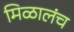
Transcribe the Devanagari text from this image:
मिळालंच